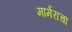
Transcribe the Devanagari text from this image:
मार्मराचा